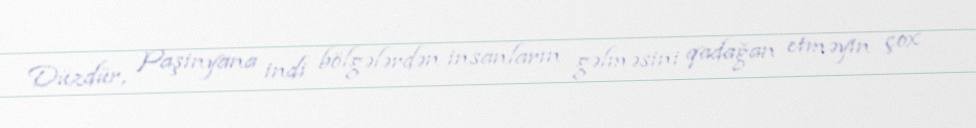
Düzdür, Paşinyana indi bölgələrdən insanların gəlməsini qadağan etməyin çox